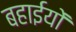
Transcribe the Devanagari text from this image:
बहाईयों